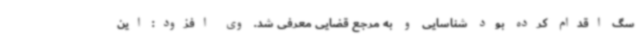
سگ اقدام کرده بود شناسایی و به مرجع قضایی معرفی شد. وی افزود: این